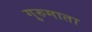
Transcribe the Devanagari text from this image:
गुरुमाता